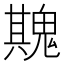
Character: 𮫡